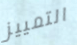
التمييز